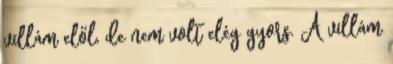
villám elől, de nem volt elég gyors. A villám